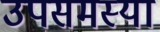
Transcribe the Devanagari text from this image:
उपसमस्या